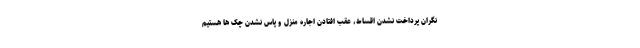
نگران پرداخت نشدن اقساط، عقب افتادن اجاره منزل و پاس نشدن چک ها هستیم